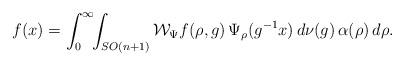
LaTeX: \begin{align*}f(x)=\int_0^\infty\!\!\int_{SO(n+1)}\mathcal W_\Psi f(\rho,g)\,\Psi_\rho(g^{-1}x)\,d\nu(g)\,\alpha(\rho)\,d\rho.\end{align*}